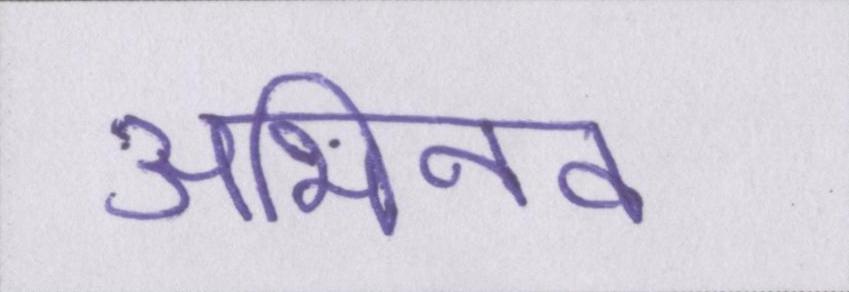
अभिनव